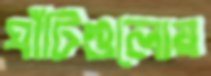
ঘাঁটিগুলোয়